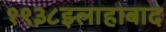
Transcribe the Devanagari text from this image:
१९३८इलाहाबाद